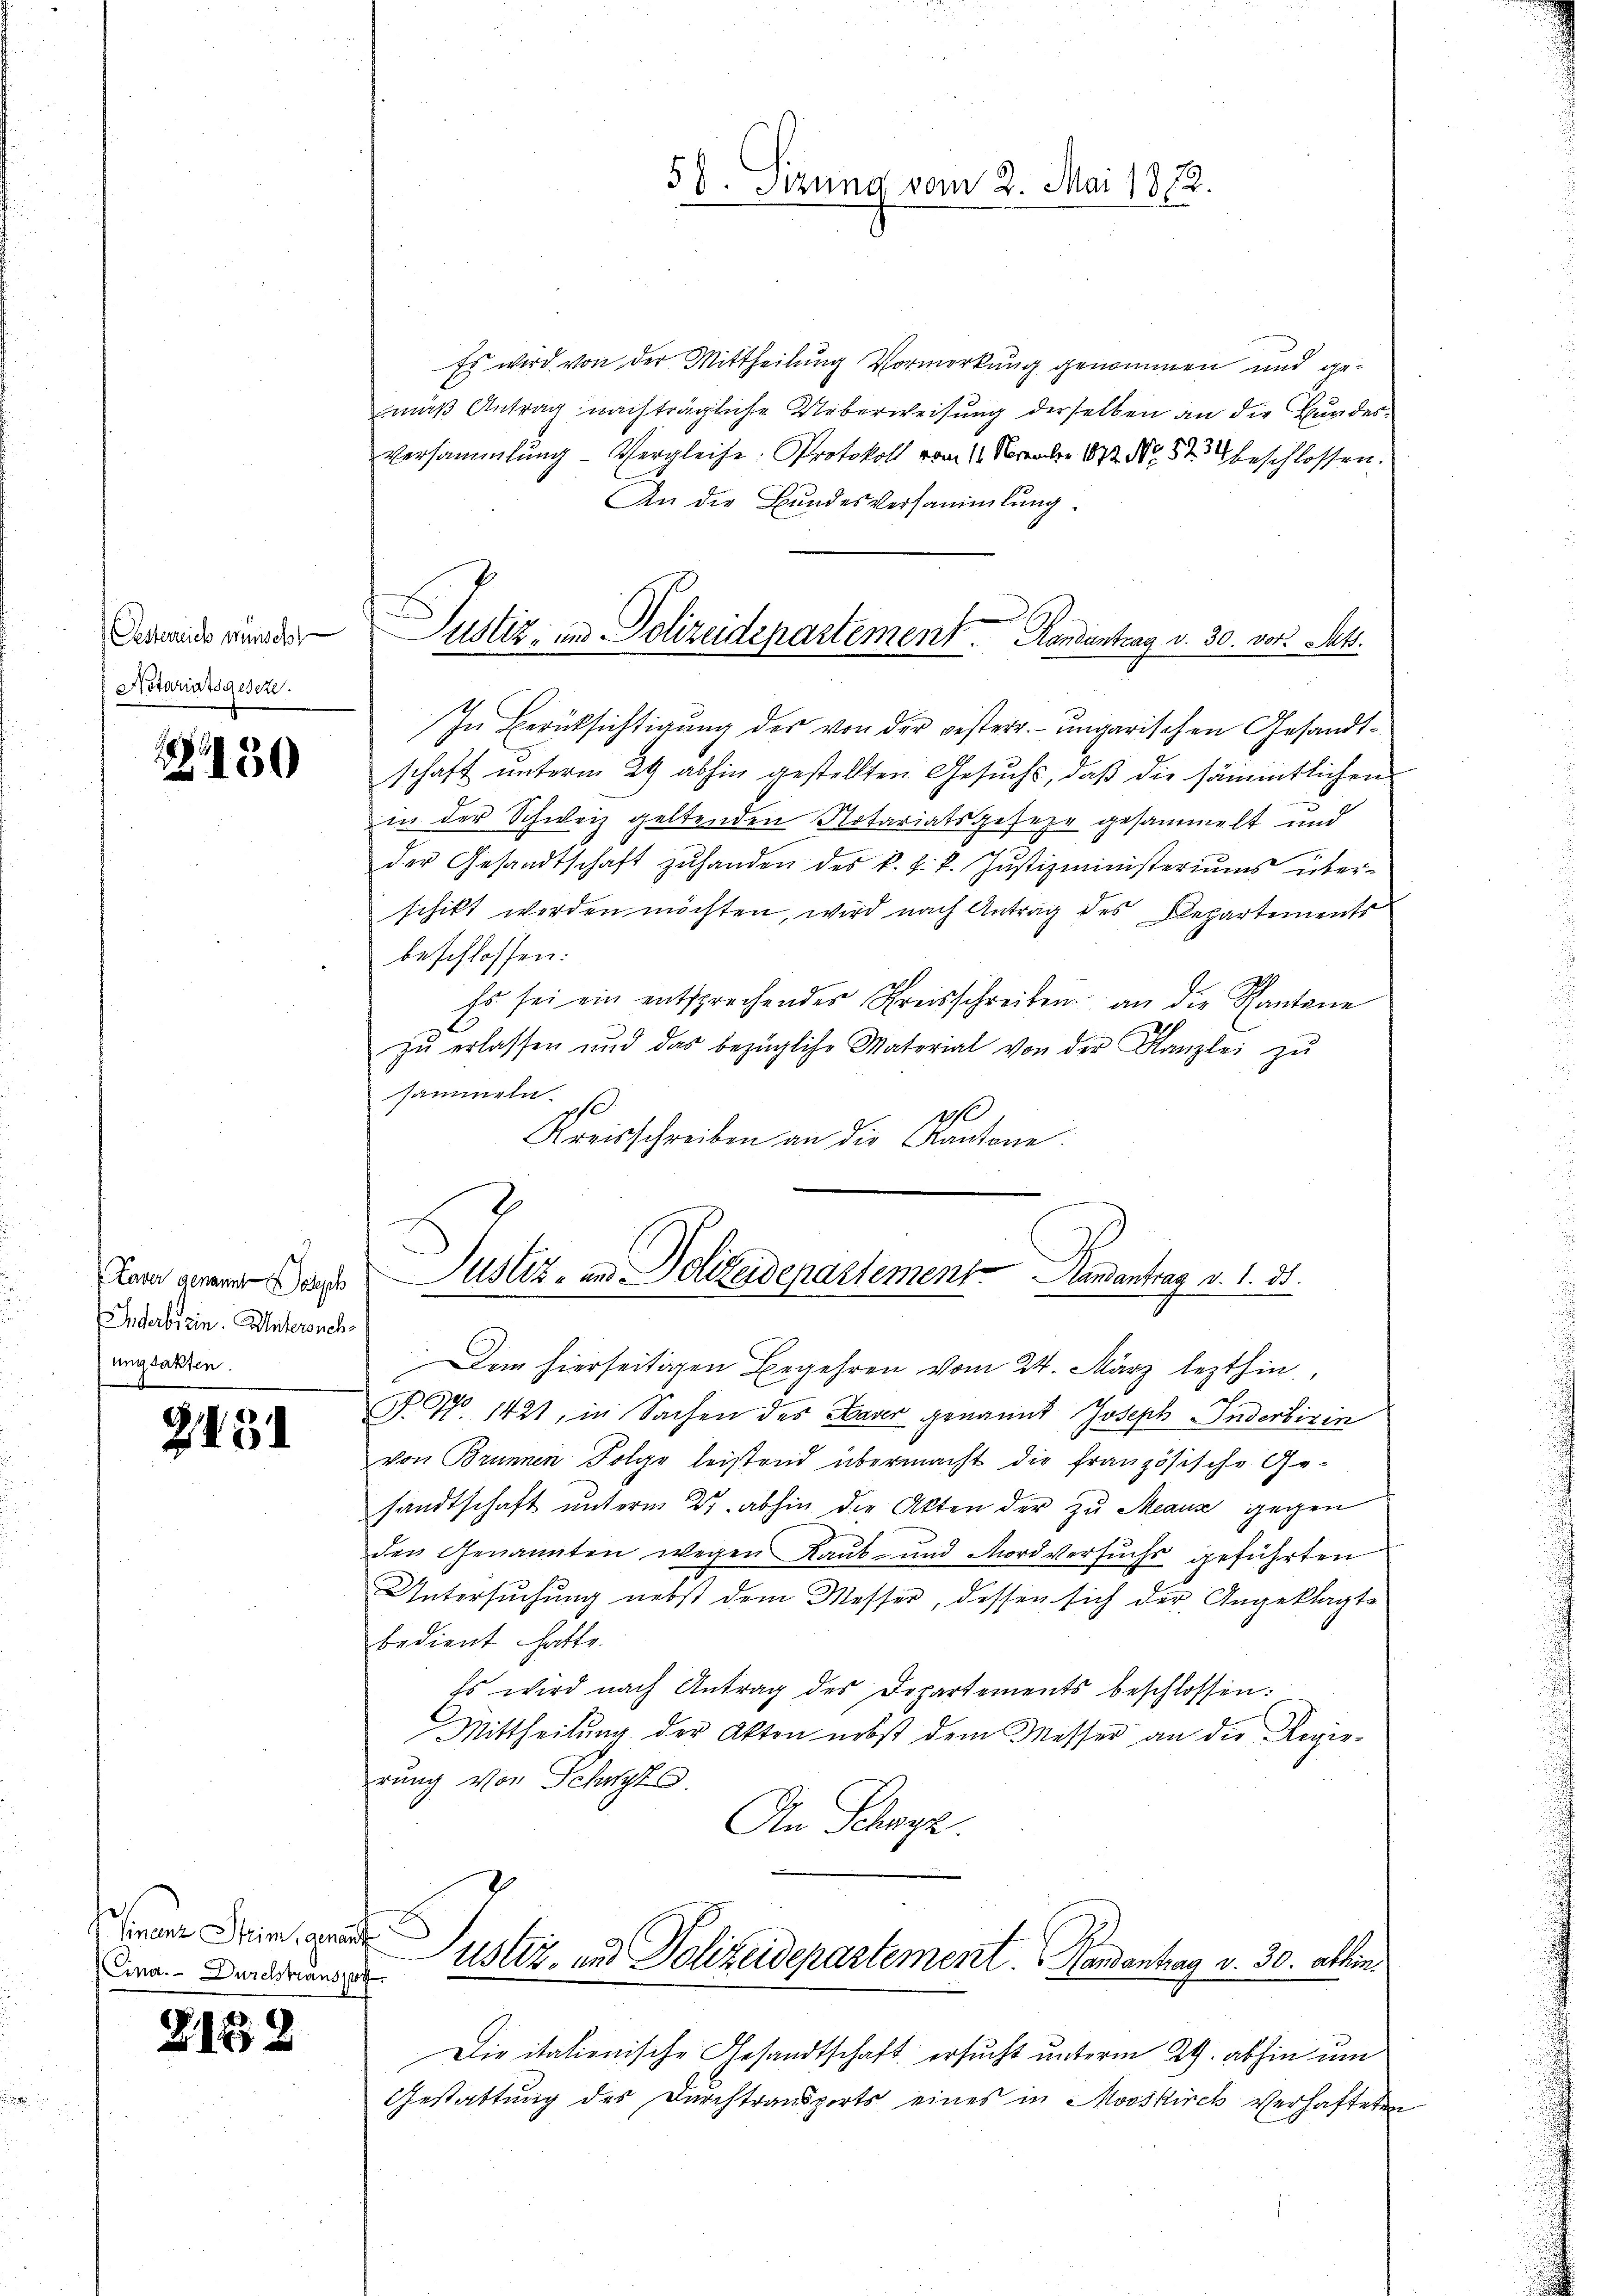
Oesterreich wünsch
Notariatsgeseze

130

Laver genanntesisch
Inderbrein. Untersuch
ungsakten.

t

2434

Finanz Strim, genau
Cina. Durchstranspor

8158

Es wird von der Mittheilung Vormerkung genommen und gemuß Antrag nachträgliche Ueberweisung derselben an die Bundesversammlung - Vergleiche Protokoll vom 11. November 1872 No 573 beschlossen.
An die Bundesversammlung.
In Berücksichtigung des von der gesterr. ungarischen Gesandtschaft unterm 29 abhin gestellten Gesuchs, daβ die sämmtlichen
in der Schweiz geltenden Notariatsgeseze gesammelt und
der Gesandtschaft zŭ handen des k. k. k. Justizministeriums über-
schikt werden möchten, wird nach Antrag des Departements
beschlossen:
Es sei ein entsprechendes Kreisschreiben an die Kantone
zŭ erlassen und das bezügliche Material von der Kanzlei zŭ
sammeln.
1
Kreisschreiben an die Kantone.
Justiz- und Polizeidepartement Romantrag v. 1. 38.
Dem hierseitigen Begehren vom 24. März lezthin,
P. Nr. 1421, in Sachen des Daver genannt Joseph Inderbirin
von Brunnen Folge leistend übermacht die französische Ge-
sandtschaft unterm 27. abhin der Akten der zu Meaus gegen
den Genannten wegen Raub- und Mordversuchs geführten
Untersuchung nebst dem Messer, dessen sich der Angeklagte
bedient hatte.
Es wird nach Antrag des Departements beschlossen:
Mittheilung der Akten nebst dem Messer an die Regierung von Schwyz.
An Schwyz.
Justiz, und Polizeidepartement. Handantrag v. 30. abhin.
e
Die italionische Gesandtschaft ersucht unterm 29. abhin um
Gestattung des Durchtransports eines in Mooskirch Verhafteten

Justiz- und Polizeidepartement. Handentrag v. 30. vor. Sekt.

38. Stzung vom 2. Mai 1872.